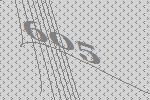
605